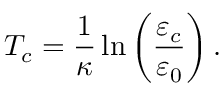
T _ { c } = \frac { 1 } { \kappa } \ln \left( \frac { \varepsilon _ { c } } { \varepsilon _ { 0 } } \right) .